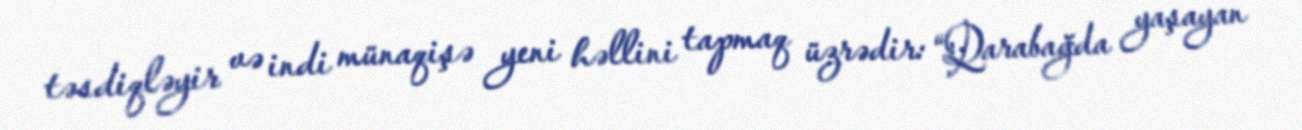
təsdiqləyir və indi münaqişə yeni həllini tapmaq üzrədir: “Qarabağda yaşayan